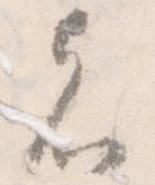
者